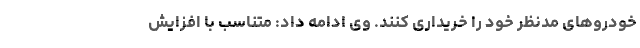
خودروهای مدنظر خود را خریداری کنند. وی ادامه داد: متناسب با افزایش